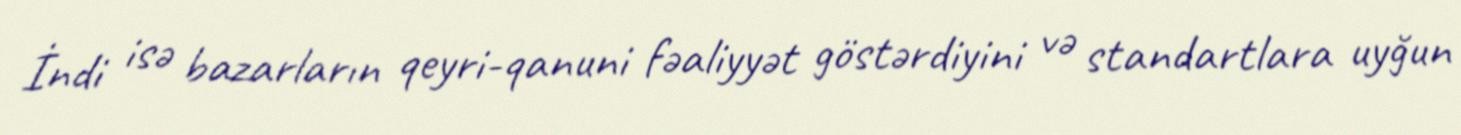
İndi isə bazarların qeyri-qanuni fəaliyyət göstərdiyini və standartlara uyğun